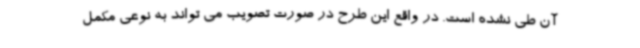
آن طی نشده است. در واقع این طرح در صورت تصویب می تواند به نوعی مکمل